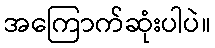
အကြောက်ဆုံးပါပဲ။